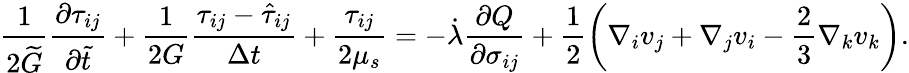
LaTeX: \frac{1}{2\widetilde{G}}\frac{\partial\tau_{ij}}{\partial\widetilde{t}}+\frac{1}{2G}\frac{\tau_{ij}-\hat{\tau}_{ij}}{\Delta t}+\frac{\tau_{ij}}{2\mu_{s}}=-\dot{\lambda}\frac{\partial Q}{\partial\sigma_{ij}}+\frac{1}{2}\left(\nabla_{i}v_{j}+\nabla_{j}v_{i}-\frac{2}{3}\nabla_{k}v_{k}\right).